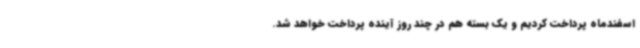
اسفندماه پرداخت کردیم و یک بسته هم در چند روز آینده پرداخت خواهد شد.